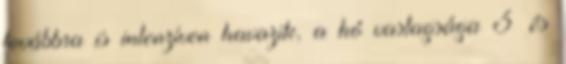
továbbra is intenzíven havazik, a hó vastagsága 3 és